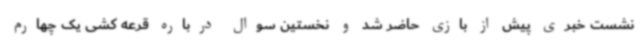
نشست خبری پیش از بازی حاضر شد و نخستین سوال درباره قرعه کشی یک چهارم